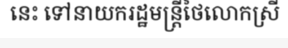
នេះ ទៅនាយករដ្ឋមន្ត្រីថៃលោកស្រី